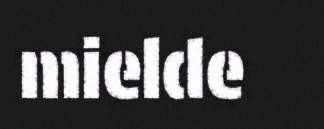
mielde